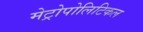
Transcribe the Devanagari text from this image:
मेट्रोपोलिटिकल